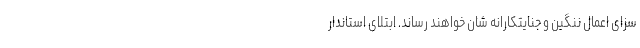
سزای اعمال ننگین و جنایتکارانه شان خواهند رساند. ابتلای استاندار